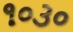
૧૦૩૦